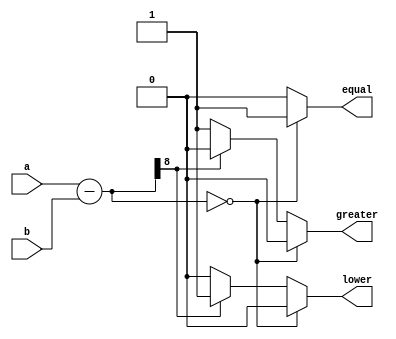
`timescale 1ns / 1ps
module comparator(a, b, equal, greater, lower);
parameter width = 8;
input [width-1:0] a, b;
output reg equal, greater, lower;
wire [width:0] tmp;
assign tmp = a - b; 
always @(tmp) begin
  equal = 0;
  greater = 0; 
  lower = 0;
  if(!tmp) begin
    equal = 1;
  end else if(tmp[width]) begin //checking borrow bit
     lower = 1;
  end else begin
     greater = 1;
  end
end
endmodule